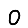
Digit: 0